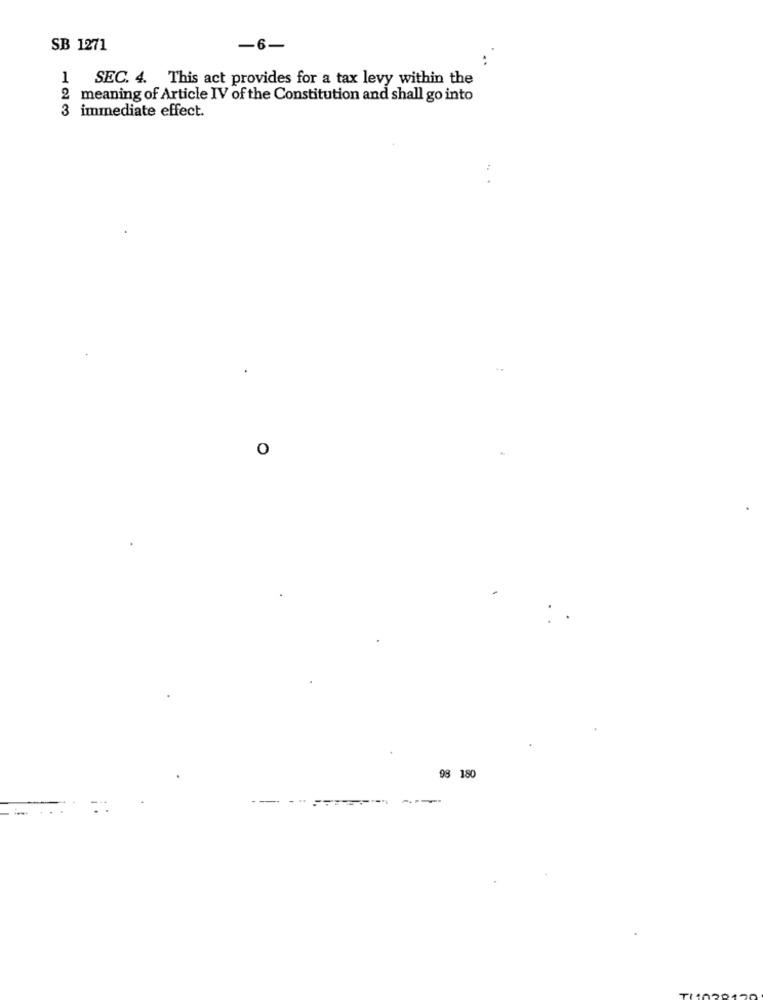
SB 1271
-6-
1
SEC. 4. This act provides for a tax levy within the
2
meaning of Article IV of the Constitution and shall go into
immediate effect.
O
98 180